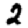
Digit: 2